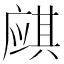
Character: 𱝌